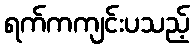
ရက်ကကျင်းပသည့်